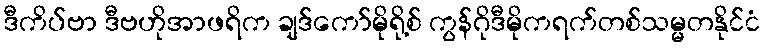
ဒီကိပ်ဗာ ဒီဗဟိုအာဖရိက ချဒ်ကော်မိုရို့စ် ကွန်ဂိုဒီမိုကရက်တစ်သမ္မတနိုင်ငံ